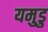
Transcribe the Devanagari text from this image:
यमुडु